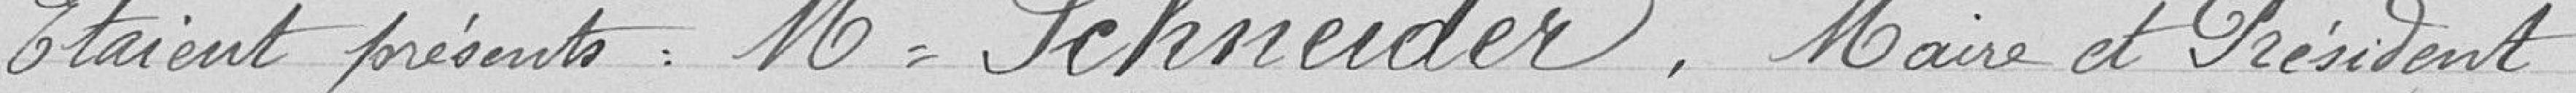
Étaient présents : Monsieur Schneider, Maire et Président